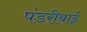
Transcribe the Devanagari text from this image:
पंडरीबाई